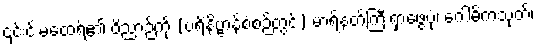
၎င်းင်းမထေရ်၏ ဝိညာဉ်ကို (ပရိနိဗ္ဗာန်စံစဉ်တွင်) မာရ်နတ်ကြီးရှာဖွေပုံ၊ ဂေါဓိကသုတ်၊